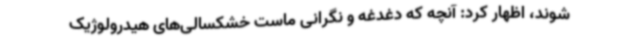
‌شوند، اظهار کرد: آنچه که دغدغه و نگرانی ماست خشکسالی‌های هیدرولوژیک